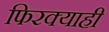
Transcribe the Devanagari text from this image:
फिरक्याही